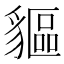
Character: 貙